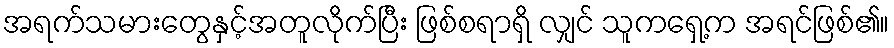
အရက်သမားတွေနှင့်အတူလိုက်ပြီး ဖြစ်စရာရှိ လျှင် သူကရှေ့က အရင်ဖြစ်၏။